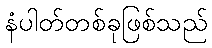
နံပါတ်တစ်ခုဖြစ်သည်